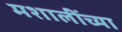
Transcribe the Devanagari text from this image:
मशालींच्या